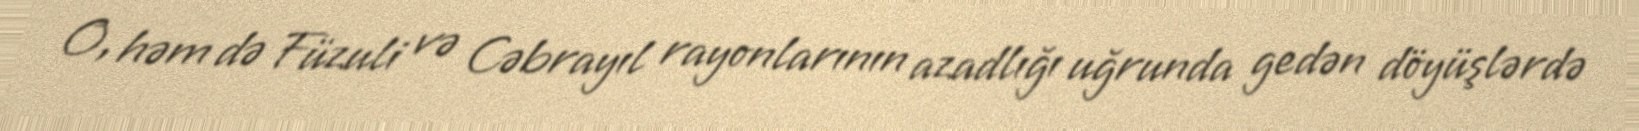
O, həm də Füzuli və Cəbrayıl rayonlarının azadlığı uğrunda gedən döyüşlərdə